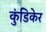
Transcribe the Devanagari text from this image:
कुंडिकेर